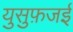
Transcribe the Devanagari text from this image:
युसुफ़जई